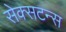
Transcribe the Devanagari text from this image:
सेक्सटन्स